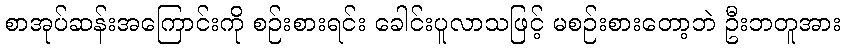
စာအုပ်ဆန်းအကြောင်းကို စဉ်းစားရင်း ခေါင်းပူလာသဖြင့် မစဉ်းစားတော့ဘဲ ဦးဘတူအား